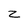
Character: z